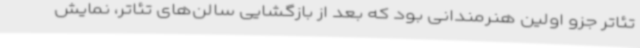
تئاتر جزو اولین هنرمندانی بود که بعد از بازگشایی سالن‌های تئاتر، نمایش